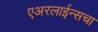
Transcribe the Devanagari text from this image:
एअरलाईन्सचा